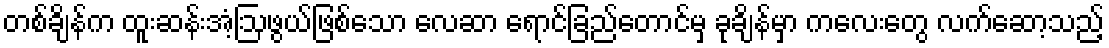
တစ်ချိန်က ထူးဆန်းအံ့ဩဖွယ်ဖြစ်သော လေဆာ ရောင်ခြည်တောင်မှ ခုချိန်မှာ ကလေးတွေ လက်ဆော့သည့်